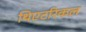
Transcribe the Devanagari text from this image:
थिएटरिकल